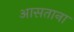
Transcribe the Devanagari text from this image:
आसताना